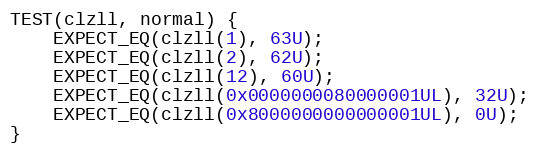
Language: C++
TEST(clzll, normal) {
    EXPECT_EQ(clzll(1), 63U);
    EXPECT_EQ(clzll(2), 62U);
    EXPECT_EQ(clzll(12), 60U);
    EXPECT_EQ(clzll(0x0000000080000001UL), 32U);
    EXPECT_EQ(clzll(0x8000000000000001UL), 0U);
}